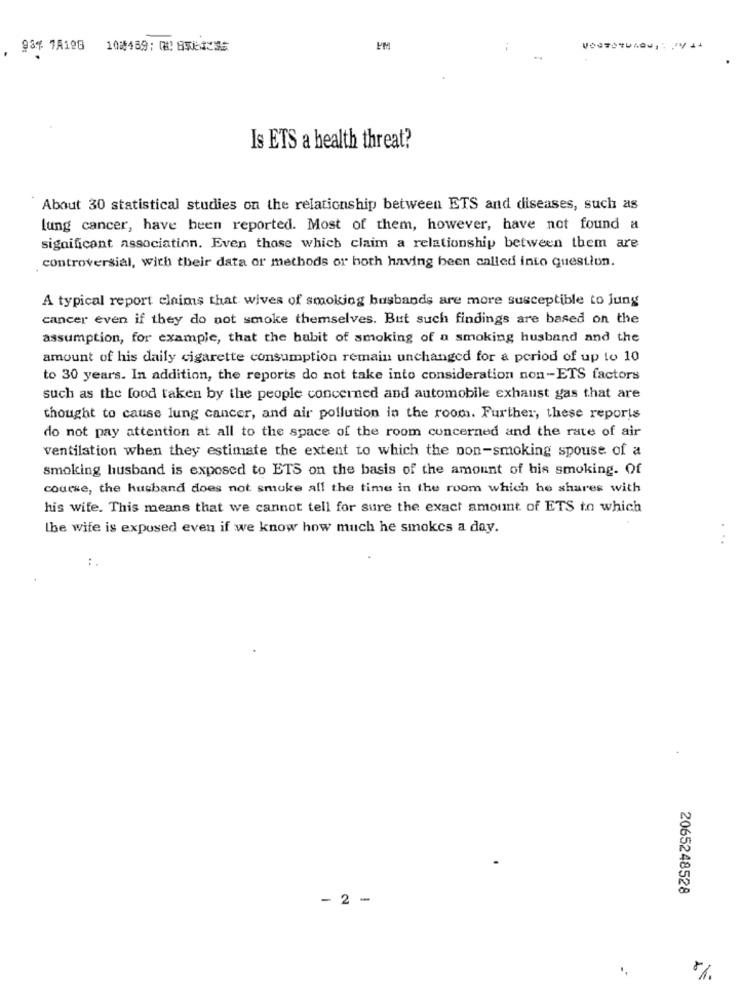
PM
Is ETS a health threat?
About 30 statistical studies on the relationship between ETS and diseases, such as
lung cancer, have been reported. Most of them, however, have not found a
significant association. Even those which claim a relationship between them are
controversial, with their data or methods or both having been called into question.
A typical report claims that wives of smoking husbands are more susceptible to lung
cancer even if they do not smoke themselves. But such findings are based on the
assumption, for example, that the habit of smoking of a smoking husband and the
amount of his daily cigarette consumption remain unchanged for a period of up to 10
to 30 years. In addition, the reports do not take into consideration non-ETS factors
such as the food taken by the people concerned and automobile exhaust gas that are
thought to cause lung cancer, and air pollution in the room. Further, these reports
do not pay attention at all to the space of the room concerned and the rate of air
ventilation when they estimate the extent to which the non-smoking spouse of a
smoking husband is exposed to ETS on the basis of the amount of his smoking. Of
course, the husband does not smoke all the time in the room which he shares with
his wife. This means that we cannot tell for sure the exact amount of ETS to which
the wife is exposed even if we know how much he smokes a day.
:.
2065248528
- 2 -